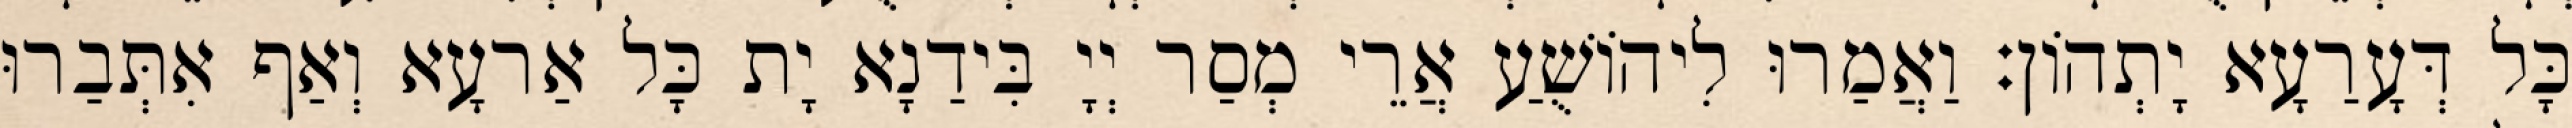
כָּל דְּעָרַעָא יָתְהוֹן׃ וַאֲמַרוּ לִיהוֹשֻׁעַ אֲרֵי מְסַר יְיָ בִּידַנָא יָת כָּל אַרעָא וְאַף אִתְּבַרוּ